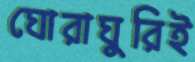
ঘোরাঘুরিই